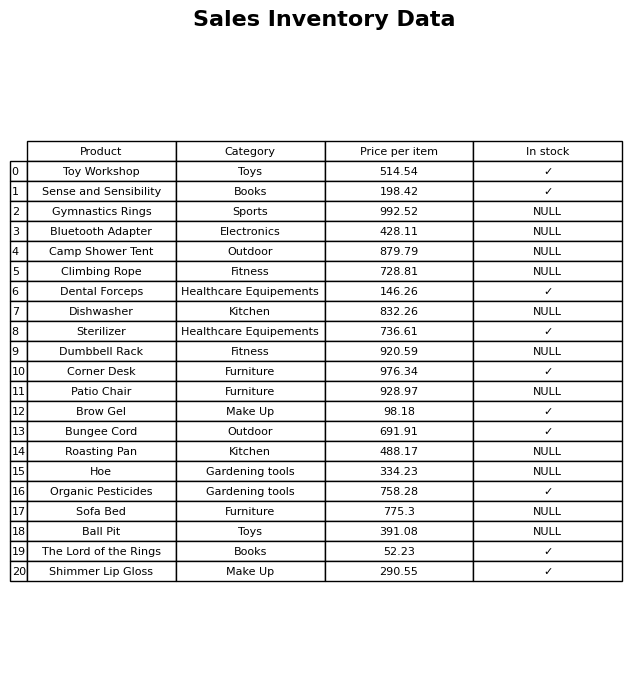
question: What category does the The Lord of the Rings belong to?
answer: Books